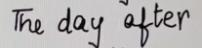
The day after